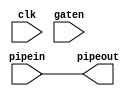
// $Id: RamWrapPipe.v,v 2.5 2012/03/02 22:04:14 tlantz Exp $
//////////////////////////////////////////////////////////////////////////////
// Copyright (c) 2008, Cisco Systems, Inc.
// All Rights Reserved.
//
// This is UNPUBLISHED PROPRIETARY SOURCE CODE of Cisco Systems, Inc;
// the contents of this file may not be disclosed to third parties, copied or
// duplicated in any form, in whole or in part, without the prior written
// permission of Cisco Systems, Inc.
//
// RESTRICTED RIGHTS LEGEND:
// Use, duplication or disclosure by the Government is subject to restrictions
// as set forth in subdivision (c)(1)(ii) of the Rights in Technical Data
// and Computer Software clause at DFARS 252.227-7013, and/or in similar or
// successor clauses in the FAR, DOD or NASA FAR Supplement. Unpublished -
// rights reserved under the Copyright Laws of the United States.
//
//////////////////////////////////////////////////////////////////////////////
//
// Description   : parameterizable fifo for ram wrapper pipelined output
//

`timescale 1ns/1ns
module RamWrapPipe
#(
   parameter WIDTH=0,
   parameter PIPELINE=0,
   parameter CORE_PIPE=0,
   parameter MAX_PIPE=4
)
(
   input                   clk,
   input  wire             gaten,  // low-true, one clock preceeding pipein (eg SELN)
   input  wire [WIDTH-1:0] pipein,
   output wire [WIDTH-1:0] pipeout
);

   localparam              WRAP_PIPE = PIPELINE - CORE_PIPE - 1;
   localparam              WRAP_GTN = PIPELINE - 1;   // The gaten pipe includes any core pipe

   generate

      if (PIPELINE > MAX_PIPE) begin : e0
`ifdef SYNTHESIS
`else
         initial begin
            $display("***ERROR: %m requested PIPELINE(%0d) exceeds MAX(%0d)",PIPELINE,MAX_PIPE);
            $finish;
         end
`endif
      end
      else if (PIPELINE < CORE_PIPE) begin : e1
`ifdef SYNTHESIS
         always $display("Error: Requested PIPELINE(%d) smaller than CORE(%d)",PIPELINE,CORE_PIPE);
`else
         initial begin
            $display("***ERROR: %m requested PIPELINE(%0d) smaller than CORE(%0d)",PIPELINE,CORE_PIPE);
            $finish;
         end
`endif
      end
      else if (PIPELINE > CORE_PIPE) begin : p0
         reg [WRAP_GTN:0]                gtn;
         reg [(WRAP_PIPE+1)*WIDTH-1:0]   pipe;

         assign pipeout = pipe[WIDTH-1:0];

         // DO NOT rely on for-loops to condition when WRAP_GTN or WRAP_PIPE are equal to zero
         // The case with a for-loop used to condition when WRAP_PIPE equals to zero
         //    does NOT work in DC synthesis. Although the for-loop is logically never entered,
         //    extra gates are being generated in synthesis due to tool error.

         // pipe the gaten (including any CORE_PIPE)
         if (WRAP_GTN > 0) begin
            always @(posedge clk)
               gtn <= {gaten, gtn[WRAP_GTN:1]};
         end
         else begin
            always @(posedge clk)
               gtn <= gaten;
         end

         // pipe the pipein gated by matching gaten pipe
         if (WRAP_PIPE > 0) begin
            always @(posedge clk) 
               if (~&gtn[WRAP_PIPE:0])
                  pipe <= {pipein, pipe[(WRAP_PIPE+1)*WIDTH-1:WIDTH]};
         end
         else begin
            always @(posedge clk)
               if (~gtn[0])
                  pipe <= pipein;
         end

      end
      else begin : p1
         assign pipeout = pipein;
      end

   endgenerate

endmodule